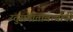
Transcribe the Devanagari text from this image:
य्तुसंगीतावर्त्यांनी